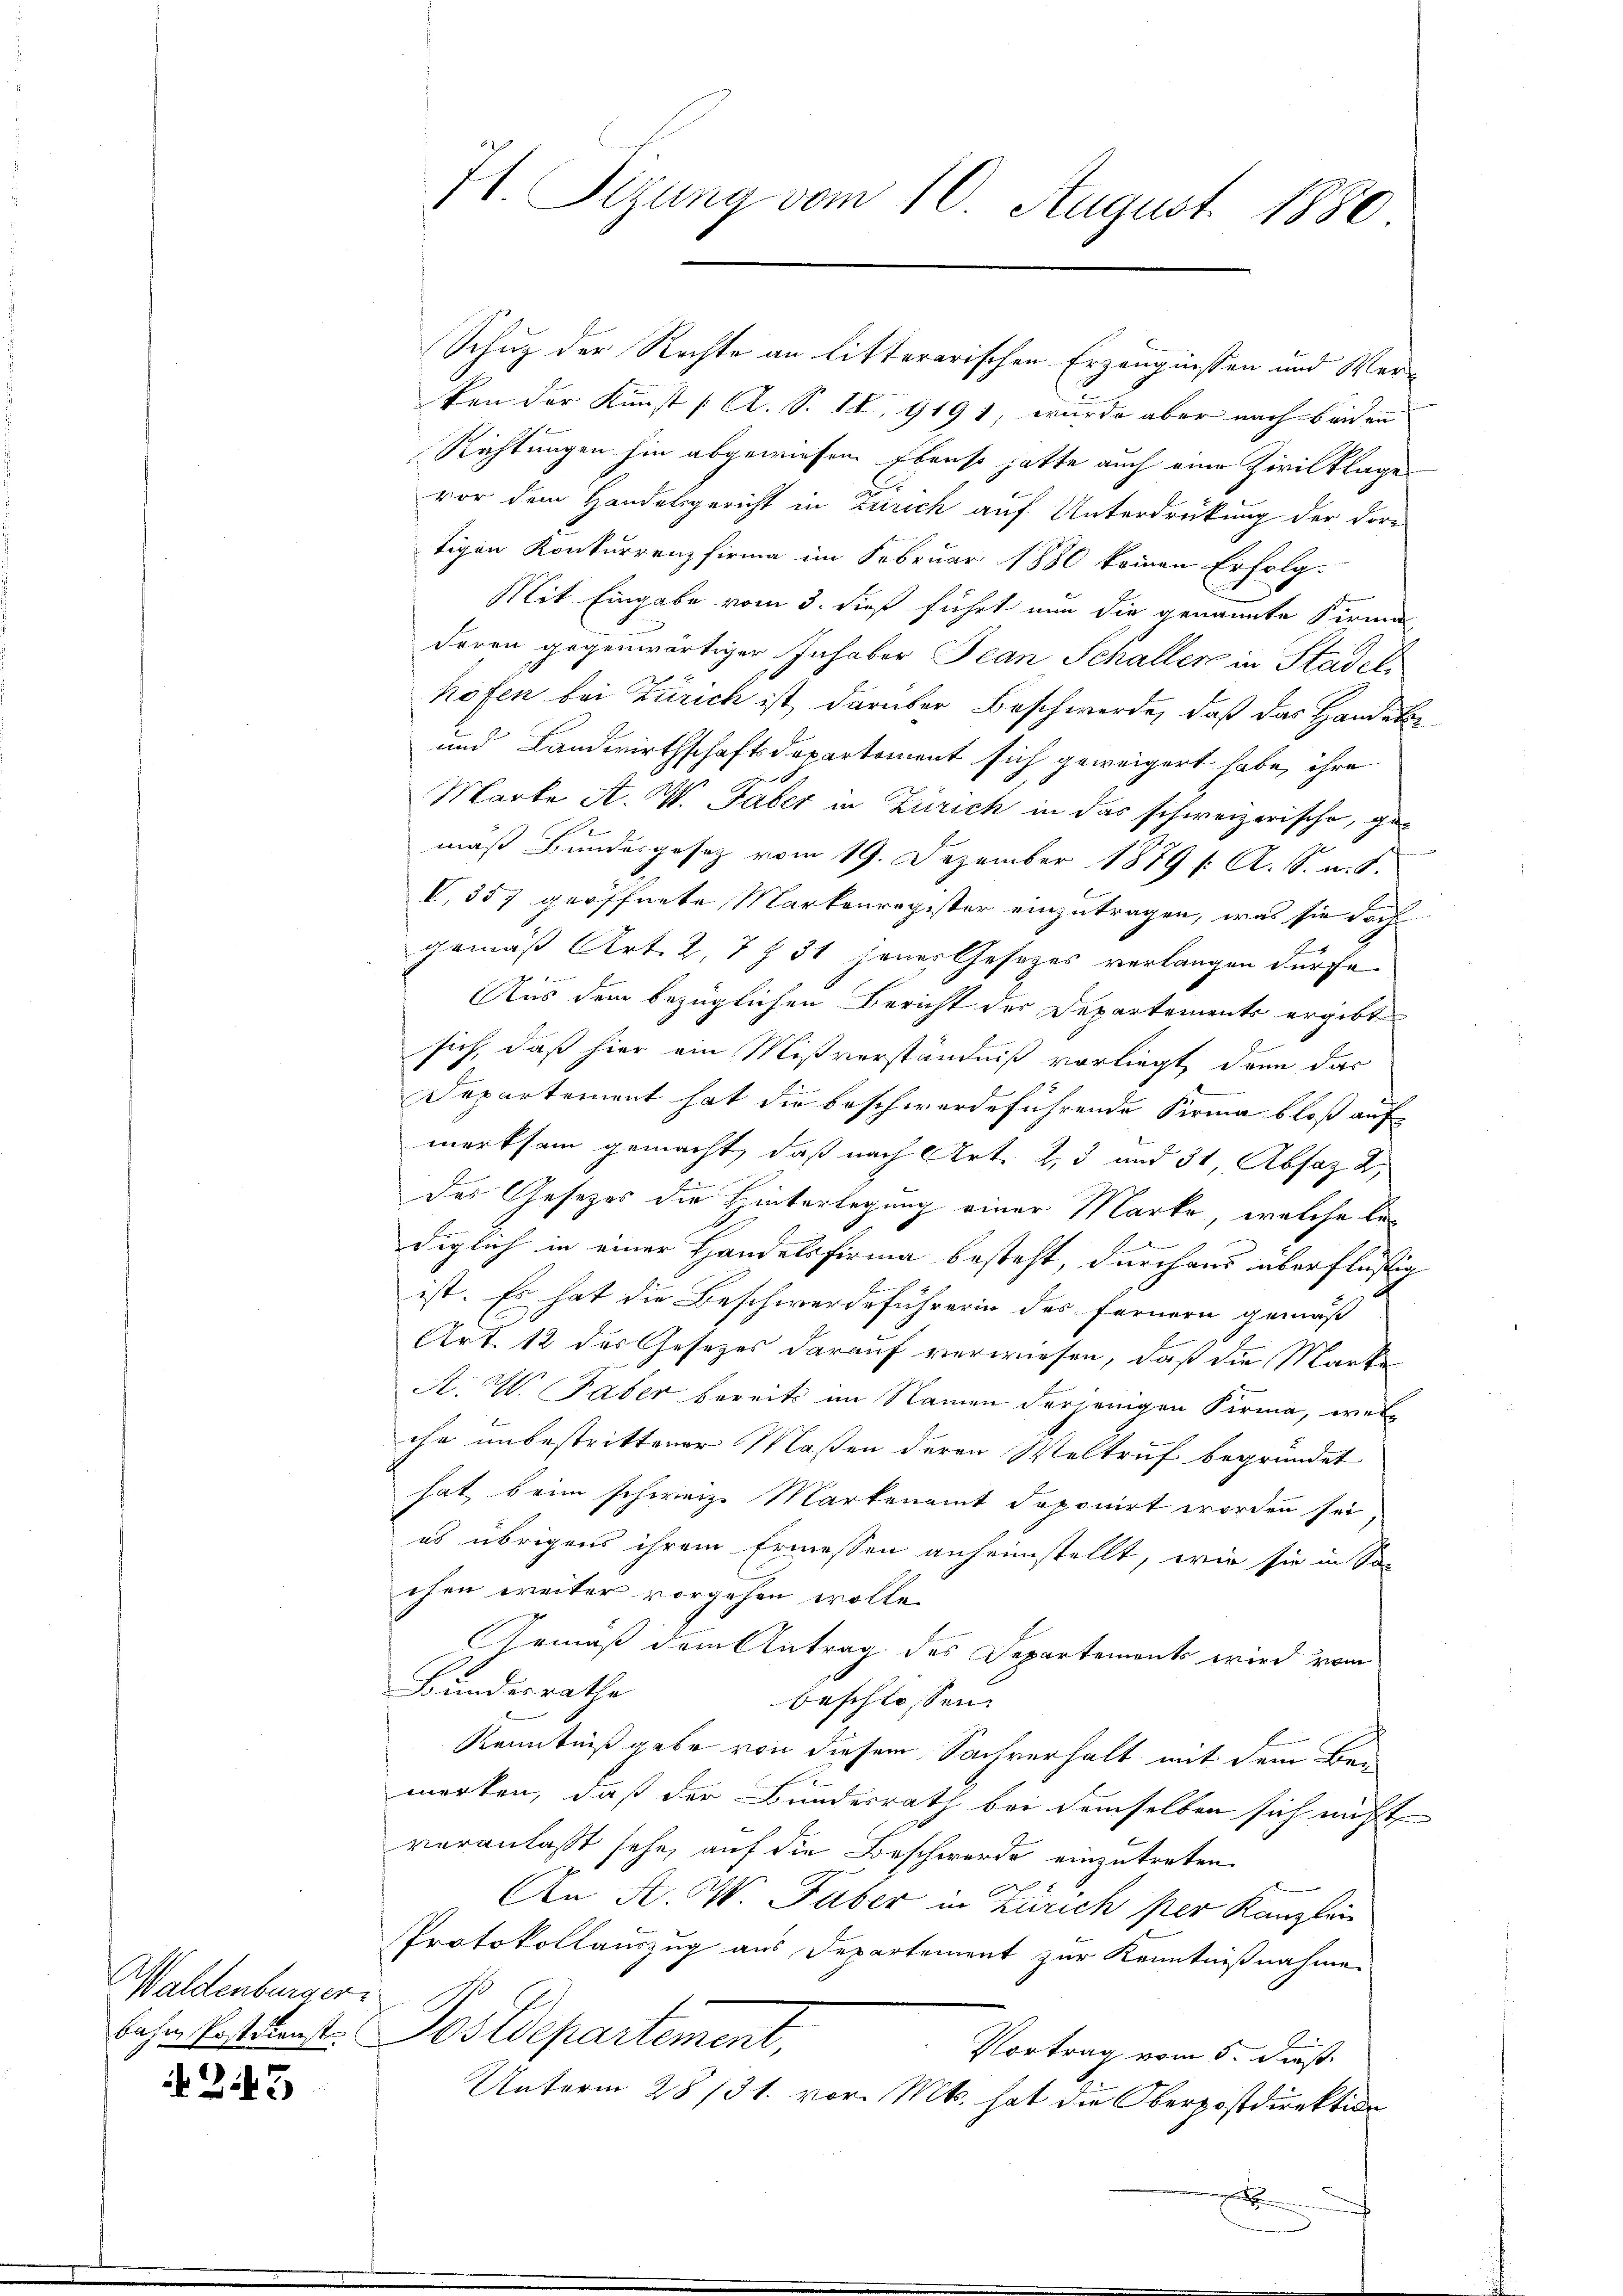
Waldenburger

245

H. Sizung vom 10. August 1880

Schuz der Rechte an litterarischen Erzeugnissen und Verken der Kunst ( A. S. II, 9191, wurde aber nach beiden
Richtungen hin abgewiesen. Ebenso hatte auch eine Zivilklage
vor dem Handelsgericht in Zürich auf Unterdrückung der For-
tigen Konkurrenzfirma im Februar 1880 keinen Erfolg-
Mit Eingabe vom 3. dieß führt nun die genannte Firma
doren gegenwärtiger Inhaber Jean Schaller in Stadel
höfen bei Zürich ist, darüber Beschwerde, daß das Handel
und Landwirthschaftsdepartement sich geweigert habe, ihre
Marke A. W. Taber in Zürich in das schweizerische, gemäß Bundesgesetz vom 19. Dezember 1879 f. A. S. u. s.
V. 357 geöffnete Markenregister einzutragen, was sie doch
gemäß Art. 2, 7 § 31 jener Gesetzes verlangen dürfe.
i
Aus dem bezüglichen Bericht der Departements ergibt
sich, daß hier ein Mißverständniß vorliegt, dann das
Departement hat die beschwerdeführende Firma bloß auf
merksam gemacht, daß nach Art. 2, 3 und 31 Absaz 2
des Gesetzes die Hinterlegung einer Marke, welche bel
diglich in einer Handelsfirma besteht, durchaus überflüßig
ist. Es hat die Beschwerdeführerin des fernern gemäß
Art. 12 des Gesetzes darauf verwiesen, daß die Marke
A. W. aber bereits im Namen derjenigen Firma, welche unbestrittener Maßen deren Weltruf begründet
hat, beim schweiz. Martenamt deponirt worden sei
es übrigens ihrem Ermessen anheimstellt, wie sie in So
chen weiter vorgehen wolle.
Gemäß dem Antrag des Departements wird vom
Bundesrathe
beschlossen:
Kenntnißgabe von diesem Sachverhalt mit dem Bemerken, daß der Bundesrath bei demselben sich nicht
veranlaßt sehe, auf die Beschwerde einzutreten.
E
An A. W. Faber in Zürich per Kanzlei
Protokollauszug aus Departement zur Kenntnißnahme
bahn Ersitenst. Pos Departement,
Vortrag vom 5. Dies
Unterm 28/31. vor. Mts. hat die Oberpostdirektion
B